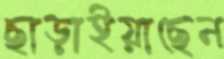
ছাড়াইয়াছেন